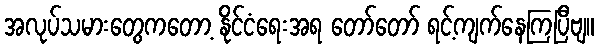
အလုပ်သမားတွေကတော့ နိုင်ငံရေးအရ တော်တော် ရင့်ကျက်နေကြပြီဗျ။